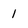
Character: I